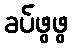
ခပ်ဖွဖွ